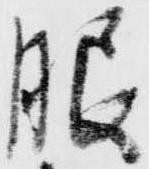
服